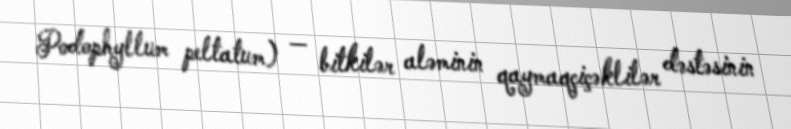
Podophyllum peltatum) — bitkilər aləminin qaymaqçiçəklilər dəstəsinin